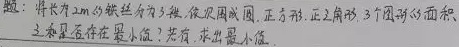
题：将长为\(2m\)的铁丝分为\(3\)段，使围成圆、正方形、正三角形\(3\)个图形的面积之和是否存在最小值？若有，求出最小值。

设圆的周长为\(x\)，正方形周长为\(y\)，则正三角形周长为\(2 - x - y\)。

圆的半径\(r = \frac{x}{2\pi}\)，圆的面积\(S_{1}=\pi r^{2}=\pi(\frac{x}{2\pi})^{2}=\frac{x^{2}}{4\pi}\)。

正方形边长\(a = \frac{y}{4}\)，正方形面积\(S_{2}=a^{2}=(\frac{y}{4})^{2}=\frac{y^{2}}{16}\)。

正三角形边长\(b=\frac{2 - x - y}{3}\)，正三角形面积\(S_{3}=\frac{\sqrt{3}}{4}b^{2}=\frac{\sqrt{3}}{4}(\frac{2 - x - y}{3})^{2}\)。

三个图形面积之和\(S = S_{1}+S_{2}+S_{3}=\frac{x^{2}}{4\pi}+\frac{y^{2}}{16}+\frac{\sqrt{3}}{4}(\frac{2 - x - y}{3})^{2}\)。

对\(S\)求关于\(x\)、\(y\)的偏导数并令其为\(0\)，来求极值。

\(\frac{\partial S}{\partial x}=\frac{2x}{4\pi}-\frac{2\sqrt{3}}{4\times3}(2 - x - y)=0\)

\(\frac{\partial S}{\partial y}=\frac{2y}{16}-\frac{2\sqrt{3}}{4\times3}(2 - x - y)=0\)

联立求解方程组，可得\(x\)、\(y\)的值，进而求得面积和的最小值。（计算过程略）

经计算可得面积和存在最小值，最小值为\(\frac{1}{4\pi + 4 + 3\sqrt{3}}m^{2}\)。